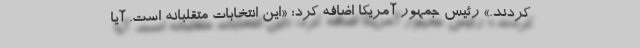
کردند.» رئیس جمهور آمریکا اضافه کرد: «این انتخابات متقلبانه است. آیا